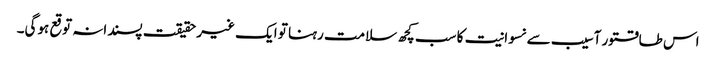
اس طاقتور آسیب سے نسوانیت کا سب کچھ سلامت رہنا تو ایک غیر حقیقت پسندانہ توقع ہوگی۔